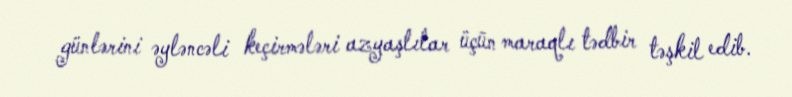
günlərini əyləncəli keçirmələri azyaşlılar üçün maraqlı tədbir təşkil edib.